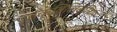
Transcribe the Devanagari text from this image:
ईक्विलिब्रियम